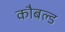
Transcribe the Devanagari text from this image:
कौबल्ड